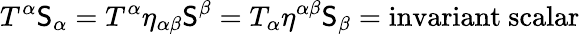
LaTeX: T^{\alpha}\mathsf{S}_{\alpha}=T^{\alpha}\eta_{\alpha\beta}\mathsf{S}^{\beta}=T_{\alpha}\eta^{\alpha\beta}\mathsf{S}_{\beta}={\mathrm{{invariant~scalar}}}